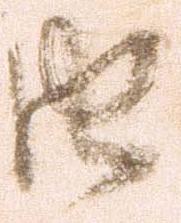
由